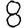
Digit: 8